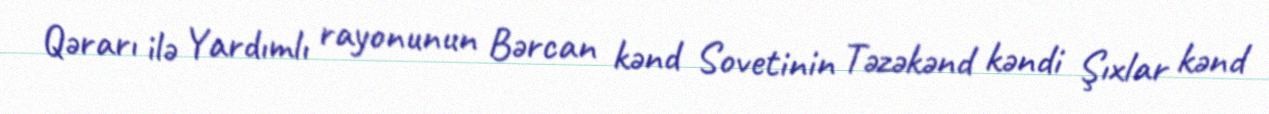
Qərarı ilə Yardımlı rayonunun Bərcan kənd Sovetinin Təzəkənd kəndi Şıxlar kənd